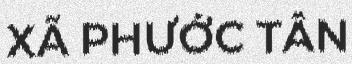
XÃ PHƯỚC TÂN